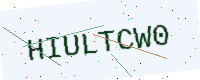
Text: HIULTCW0